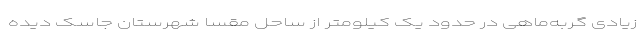
زیادی گربه‌ماهی در حدود یک کیلومتر از ساحل مقسا شهرستان جاسک دیده